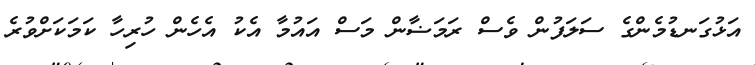
އަޅުގަނޑުމެންގެ ސަލަފުން ވެސް ރަމަޟާން މަސް އައުމާ އެކު އެހެން ހުރިހާ ކަމަކަށްވުރެ